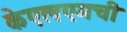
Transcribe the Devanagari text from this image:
केएलएमची